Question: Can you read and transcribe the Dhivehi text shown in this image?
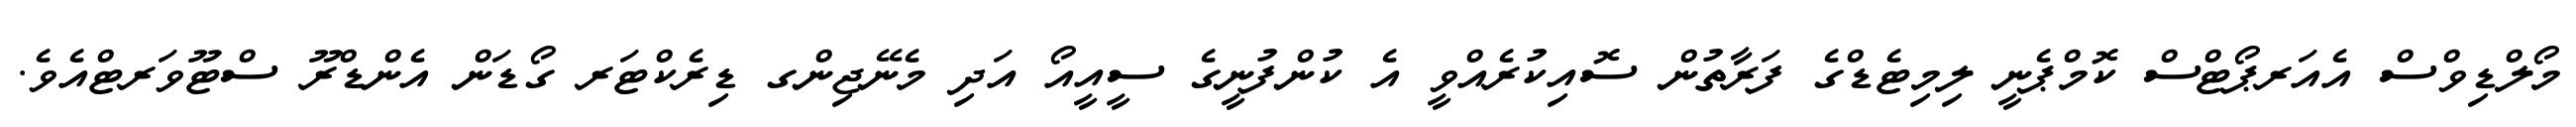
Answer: މޯލްޑިވްސް އެއަރޕޯޓްސް ކޮމްޕެނީ ލިމިޓެޑްގެ ފަރާތުން ސޮއިކުރެއްވީ އެ ކުންފުނީގެ ސީއީއޯ އަދި މެނޭޖިންގ ޑިރެކްޓަރ ގޯޑަން އެންޑްރޫ ސްޓޫވަރޓްއެވެ.